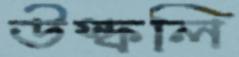
উস্‌কলি